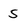
Character: 5